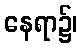
နေရာ၌၊